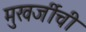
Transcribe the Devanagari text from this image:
मुखर्जीची